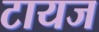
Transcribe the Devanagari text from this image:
टायज